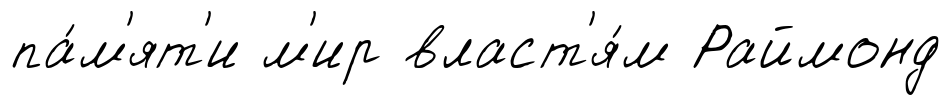
па́м'ят'и м'ир власт'я́м Раймонд